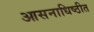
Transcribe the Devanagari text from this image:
आसनाधिष्ठीत